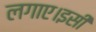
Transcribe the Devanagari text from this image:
लगाए।इसी